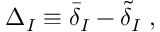
\Delta _ { I } \equiv { \bar { \delta } } _ { I } - \tilde { \delta } _ { I } \; ,